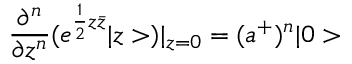
\frac { \partial ^ { n } } { \partial z ^ { n } } ( e ^ { \frac { 1 } { 2 } z \bar { z } } | z > ) | _ { z = 0 } = ( a ^ { + } ) ^ { n } | 0 >